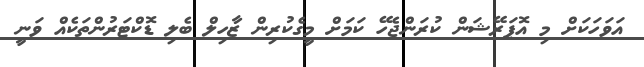
އަވަހަކަށް މި އޮޕަރޭޝަން ކުރަންޖެހޭ ކަމަށް މީގެކުރިން ޒާހިލް ބެލި ޑޮކްޓަރުންތަކެއް ވަނީ